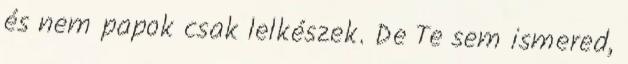
és nem papok csak lelkészek. De Te sem ismered,